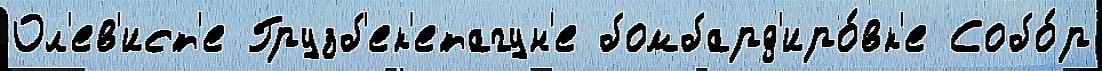
Ол'ев'ист'е Грузб'ек'етагун'е бомбард'иро́вк'е Собо́р